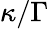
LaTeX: \kappa/\Gamma